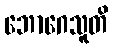
ဘောဂေသူတိ